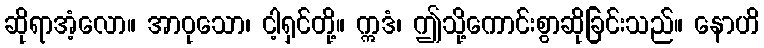
ဆိုရာအံ့လော။ အာဝုသော၊ ငါ့ရှင်တို့။ ဣဒံ၊ ဤသို့ကောင်းစွာဆိုခြင်းသည်။ နောဟိ